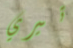
تيري